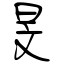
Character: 旻